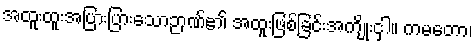
အထူးထူးအပြားပြားသောဉာဏ်၏ အထူးဖြစ်ခြင်းအကျိုးငှါ။ ကမတော၊